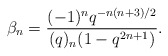
\begin{align*} \beta_n = \frac{(-1)^nq^{-n(n+3)/2}}{(q)_{n}(1-q^{2n+1})}.\end{align*}